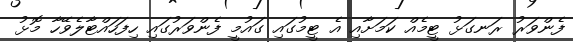
ފެންވަރު ރަނގަޅު ޓީމެއް ކަމަށާއި އެ ޓީމުގައި ގައުމީ ފެންވަރުގައި ހިފަހައްޓާލެވޭހާ މޮޅު